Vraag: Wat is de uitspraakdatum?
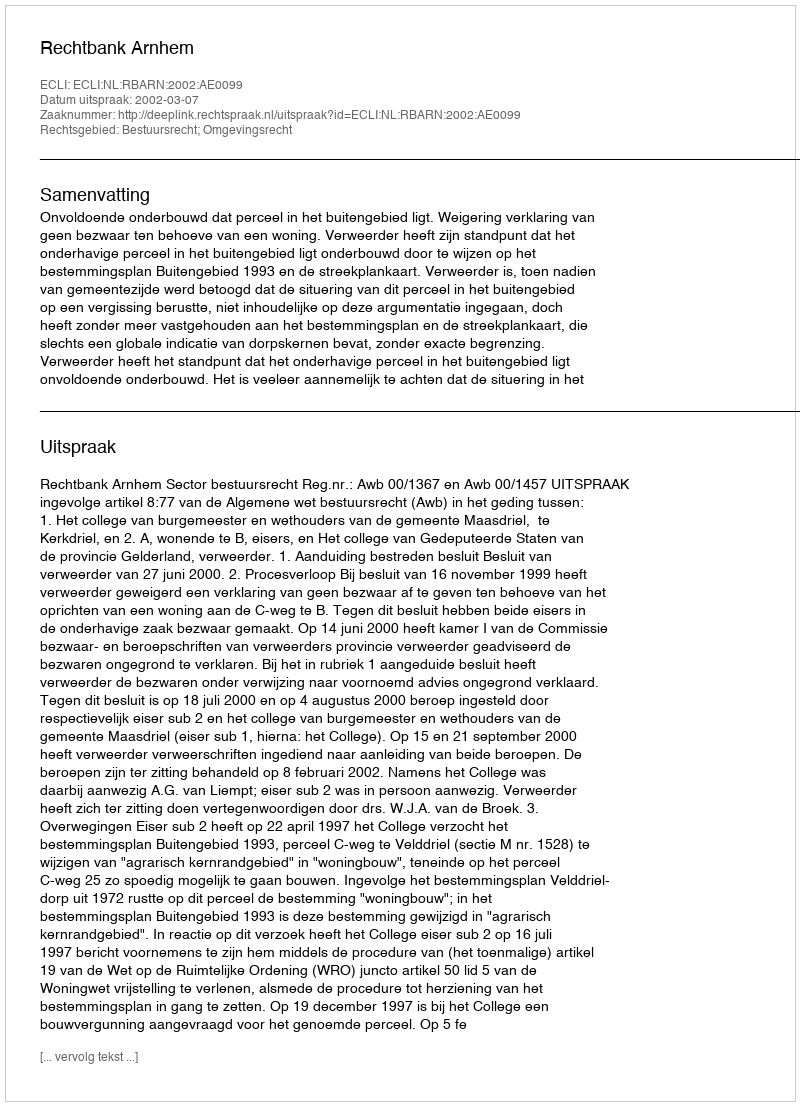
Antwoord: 2002-03-07